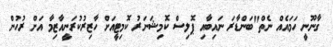
ގާނޫނީ ހަމައެއް ނެތް"ބަންޑާރަ ނައިބާއި ޕޮލިސް ކޮމިޝަނަރު ކޮމިޓީއަށް ހާޒިރުކުރަނީއާޒިމާ އަށް ރުހުން